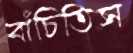
বাঁচিতিস